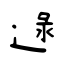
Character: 逯